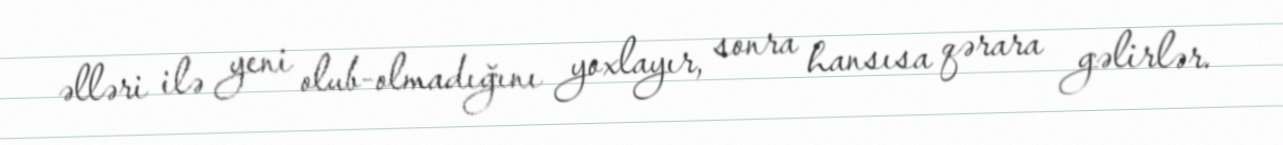
əlləri ilə yeni olub-olmadığını yoxlayır, sonra hansısa qərara gəlirlər.